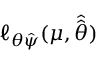
\ell _ { \boldsymbol { \theta } \hat { \boldsymbol { \psi } } } ( \mu , \hat { \hat { \boldsymbol { \theta } } } )